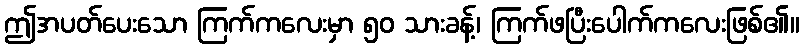
ဤအပတ်ပေးသော ကြက်ကလေးမှာ ၅၀ သားခန့်၊ ကြက်ဖပြီးပေါက်ကလေးဖြစ်၏။